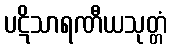
ပဋိသာရဏီယသုတ္တံ